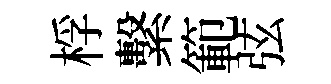
桴繫範弦